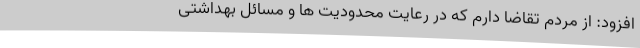
افزود: از مردم تقاضا دارم که در رعایت محدودیت ها و مسائل بهداشتی